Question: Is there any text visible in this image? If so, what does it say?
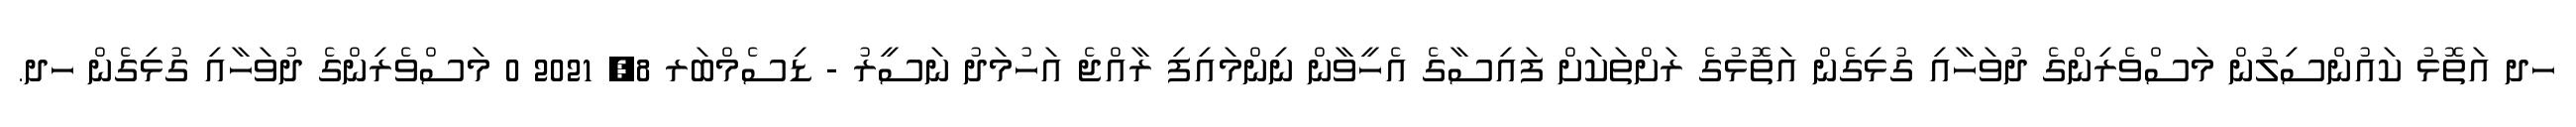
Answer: ހދ އަތޮޅު ކައުންސިލުން މަސްވެރިންގެ ދުވަހާއި ގުޅިގެން އަތޮޅުގެ ރަށްތަކަށް ފައިސާގެ އެހީވާން ނިންމައިފި ރާއްޖެ އަހުމަދު ނަސީރު - ޑިސެމްބަރ 8, 2021 0 މަސްވެރިންގެ ދުވަހާއި ގުޅިގެން ހދ.